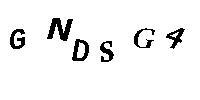
GNDSG4